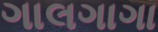
ગાલગાગા